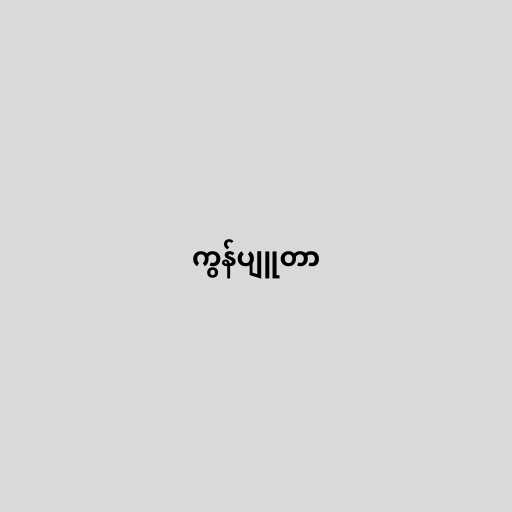
ကွန်ပျူတာ